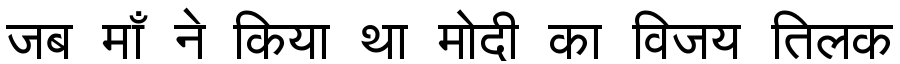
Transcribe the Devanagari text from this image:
जब माँ ने किया था मोदी का विजय तिलक